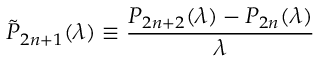
\tilde { P } _ { 2 n + 1 } ( \lambda ) \equiv \frac { P _ { 2 n + 2 } ( \lambda ) - P _ { 2 n } ( \lambda ) } { \lambda }